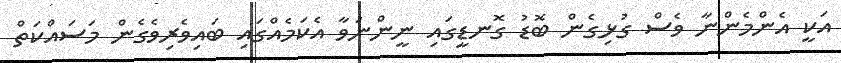
އަކީ އެންމެންނާ ވެސް ގުޅިގެން ބޮޑު ގޮނޑީގައި ނީންނަވާ އެކަމެއްގައި ބައިވެރިވެގެން މަސައްކަތް